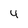
Character: 4